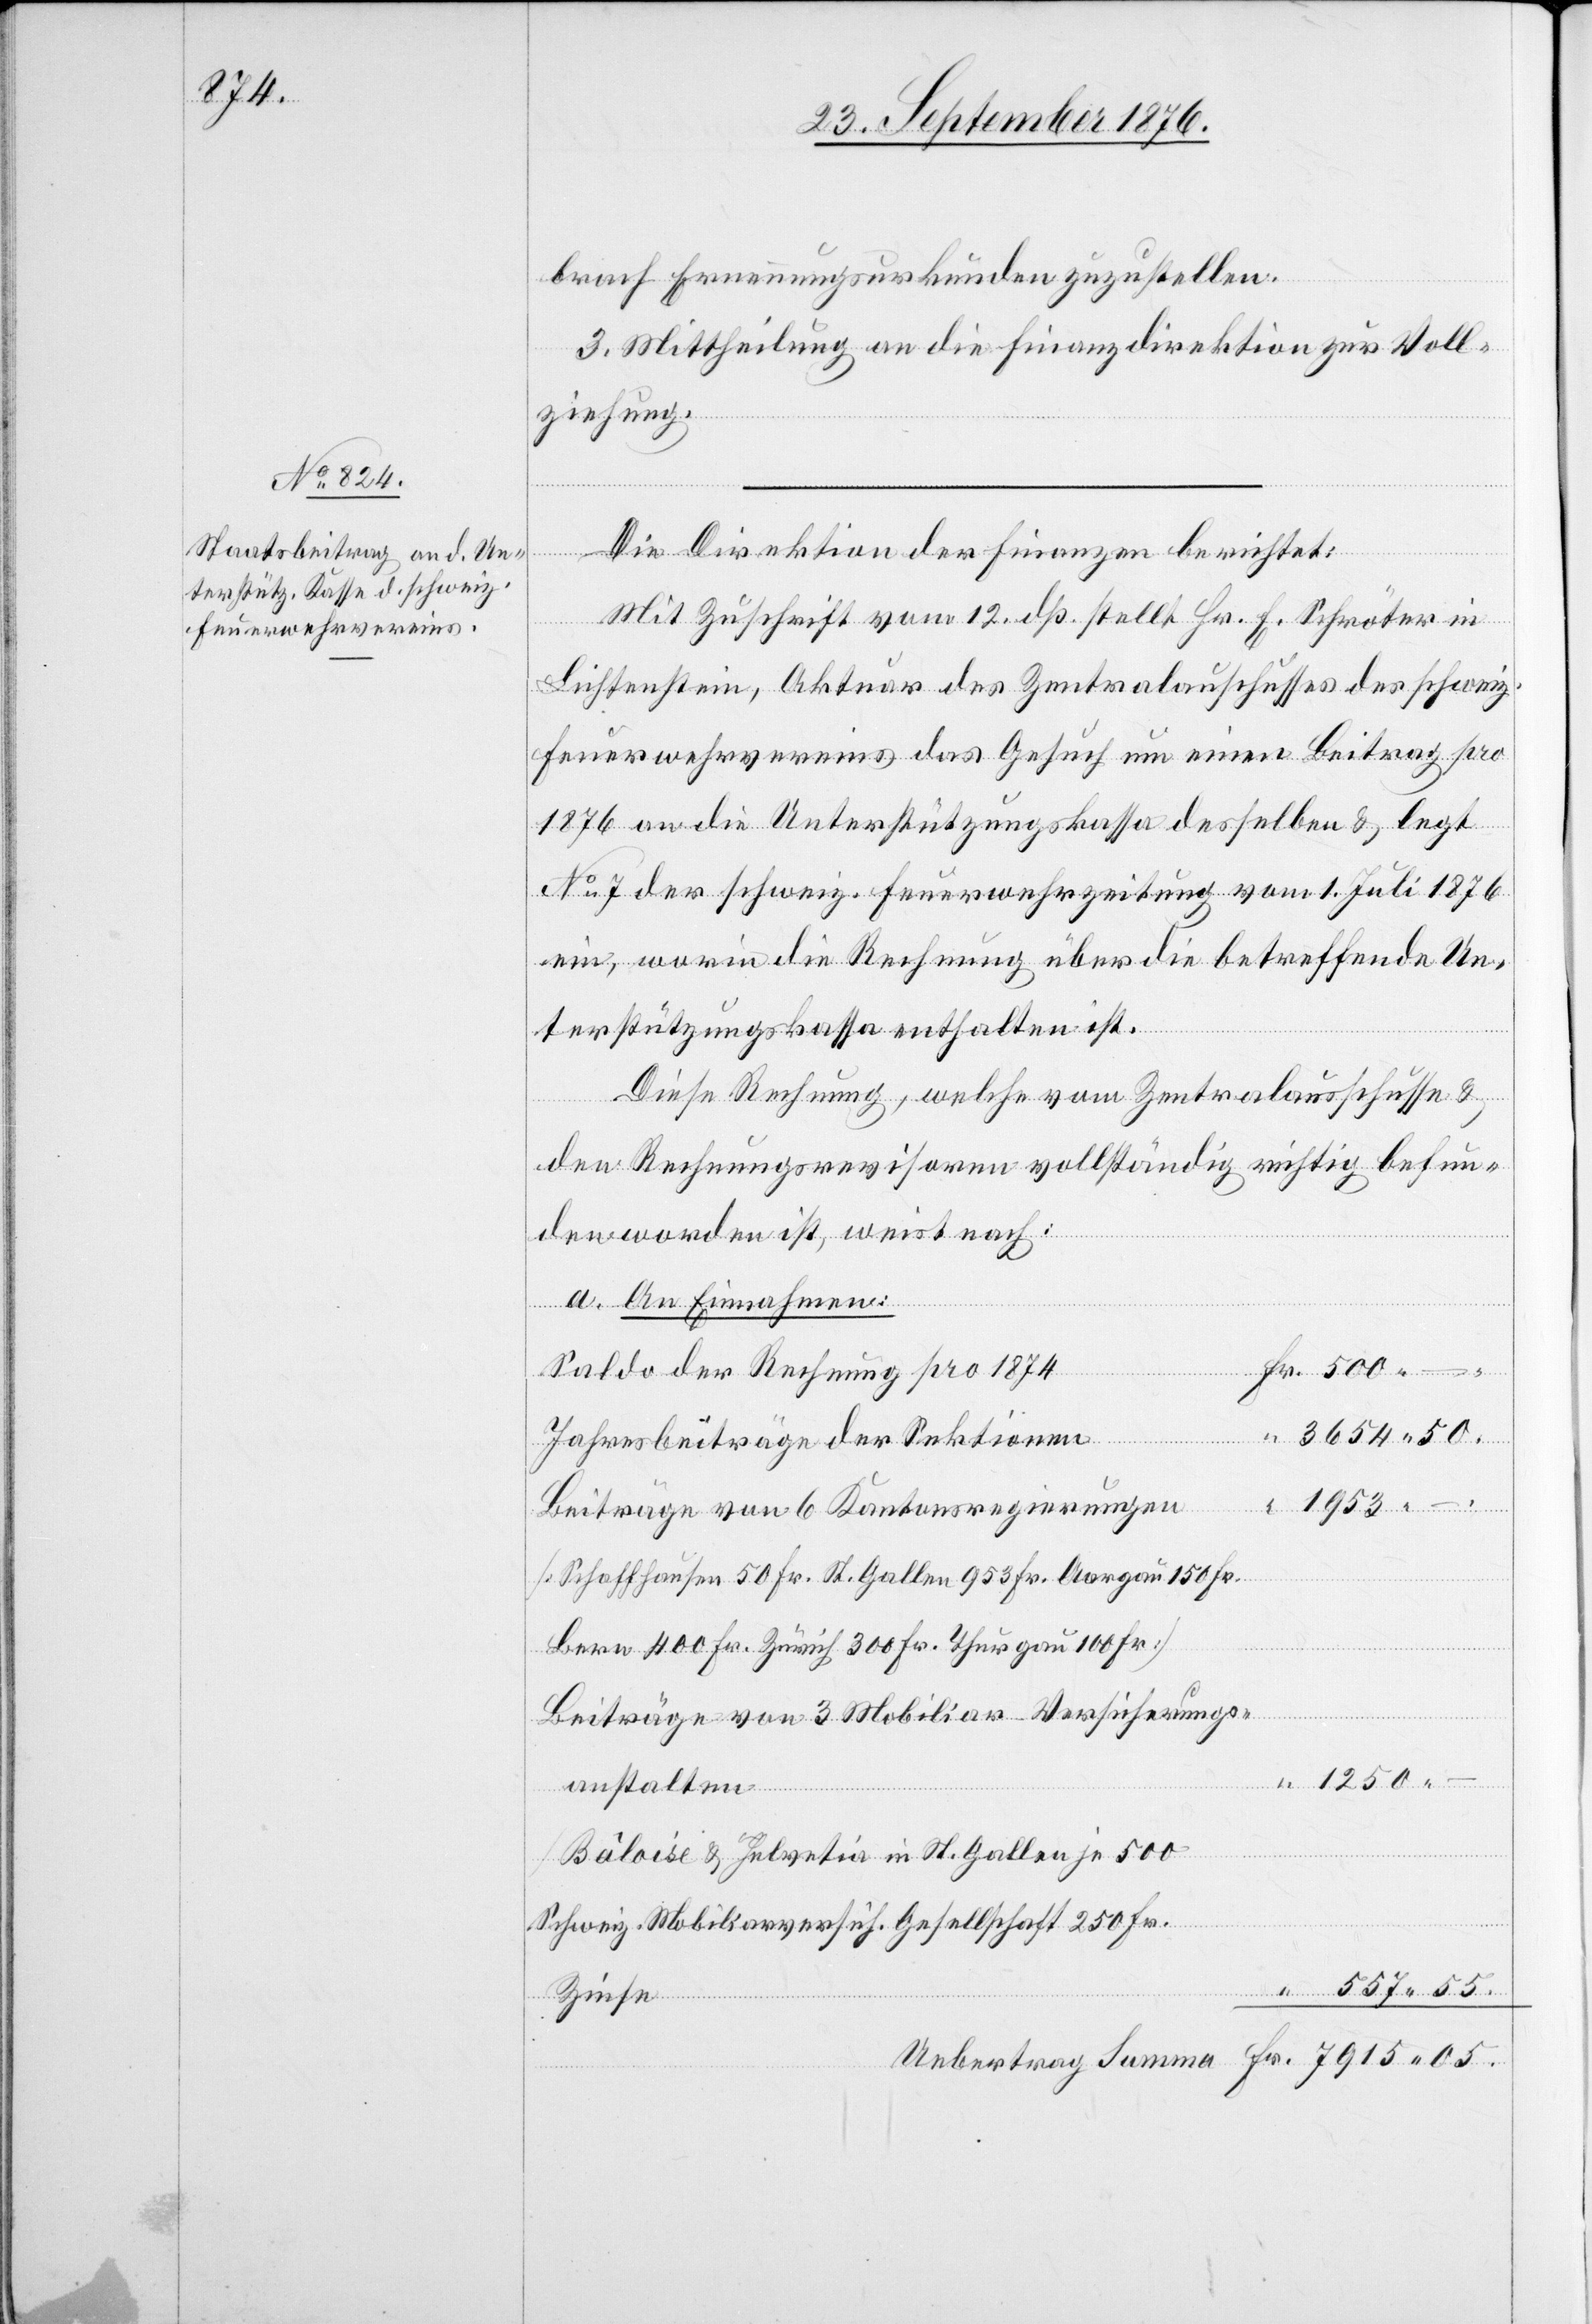
brach Ernennungsurkunden zuzustellen.
3. Mittheilung an die Finanzdirektion zur Voll¬
ziehung.
Die Direktion der Finanzen berichtet:
Fr.
Mit Zuschrift vom 12. dß. stellt Hr. E. Schröter in
Lichtenstein, Aktuar des Zentralausschusses des schweiz.
Feuerwehrvereins das Gesuch um einen Beitrag pro
1876 an die Unterstützungskasse der schweiz. Feue¬
ein, worin die Rechnung über die betreffende Un¬
terstützungskassa enthalten ist.
Diese Rechnung, welche vom Zentralausschusse &
den Rechnungsrevisoren vollständig richtig befun¬
den worden ist, weist nach:
a. An Einnahmen:
Saldo der Rechnung pro 1874
05.
–.
Jahresbeiträge der Sektionen
1953
Beiträge von 6 Kantonsregierungen
[Schaffhausen 50 Fr. St. Gallen 953 Fr. Aargau 150 Fr.
Bern 400 Fr. Zürich 300 Fr. Thurgau 100 Fr.]
Beiträge von 3 Mobiliar-Versicherungs¬
anstalten
[Bâloise & Helvetia in St. Gallen je 500
Schweiz. Mobiliarversich. Gesellschaft 250 Fr.]